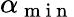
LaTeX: \alpha_{\mathrm{~m~i~n~}}